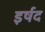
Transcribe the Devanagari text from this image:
इर्षद